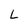
Character: l